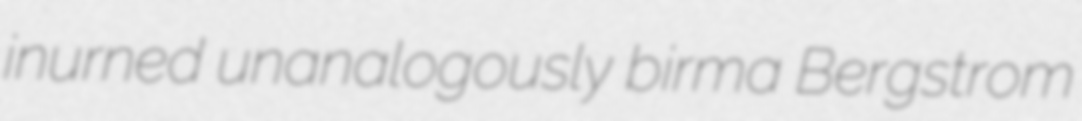
inurned unanalogously birma Bergstrom